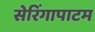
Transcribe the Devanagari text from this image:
सेरिंगापाटम